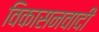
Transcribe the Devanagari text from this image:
विकासनवादी